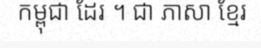
កម្ពុជា ដែរ ។ ជា ភាសា ខ្មែរ